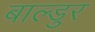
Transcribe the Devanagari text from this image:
बाल्डुर